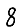
Digit: 8